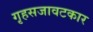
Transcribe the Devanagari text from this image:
गृहसजावटकार